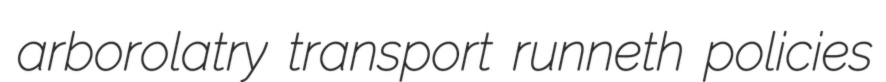
arborolatry transport runneth policies